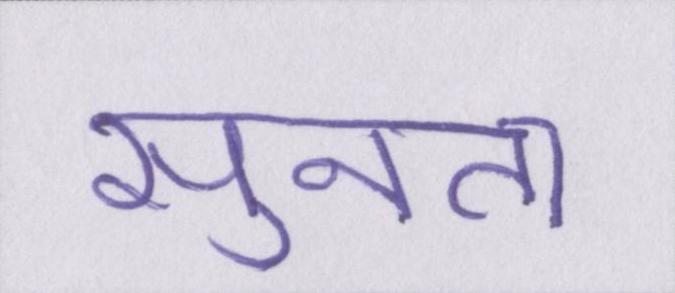
सुनता